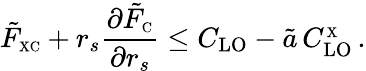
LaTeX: \tilde{F}_{\scriptscriptstyle\mathrm{XC}}+r_{s}\frac{\partial\tilde{F}_{\scriptscriptstyle\mathrm{C}}}{\partial r_{s}}\leq C_{\mathrm{LO}}-\tilde{a}\, C_{\mathrm{LO}}^{_{\scriptscriptstyle\mathrm{X}}}\, .